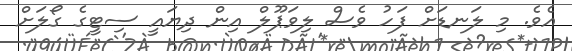
އެވެ. މި ލަނޑަށް ފަހު ވެސް ލިވަޕޫލް އިން ދިޔައީ ސިޓީގެ ގޯލަށް